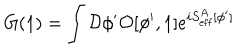
G ( 1 ) = \int { \cal D } \phi ^ { \prime } { \cal O } [ \phi ^ { \prime } , 1 ] e ^ { i S _ { \mathrm { e f f } } ^ { A } [ \phi ^ { \prime } ] }